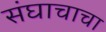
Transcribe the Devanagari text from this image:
संघाचाचा